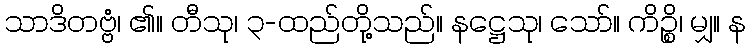
သာဒိတဗ္ဗံ၊ ၏။ တီသု၊ ၃-ထည်တို့သည်။ နဋ္ဌေသု၊ သော်။ ကိဉ္စိ၊ မျှ။ န